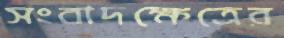
সংবাদক্ষেত্রের